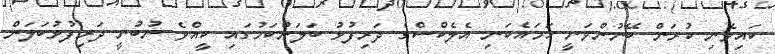
ކައިވެނި ކުރަން ބޭނުންވަނީ ހަމައެކަނި އެލެކްސްގެ ދަރިފުޅު ބަލަންކަމުގައި ކީއްވެ ނުބުނީ ދަރިފުޅުބަލަން